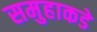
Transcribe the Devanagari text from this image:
समुहाकडे